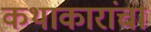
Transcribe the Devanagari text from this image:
कथाकारांचा